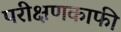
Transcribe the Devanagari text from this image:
परीक्षणकाफी